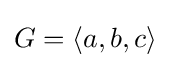
G=\langle a,b,c\rangle